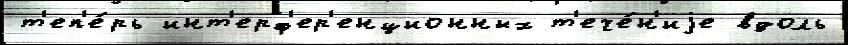
т'еп'е́рь инт'ерф'ер'енционных т'ече́н'иjе вдоль